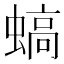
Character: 𧎸